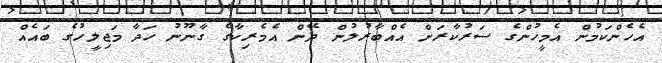
އެހެންކަމުން އެމީހުންގެ ސަރުކާރަށް އެއްބާރުލުން ދޭން އެމެރިކާގެ ގާނޫނު ހަދާ މަޖިލީހުގެ ބައެއް